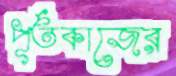
পূর্তকাজের